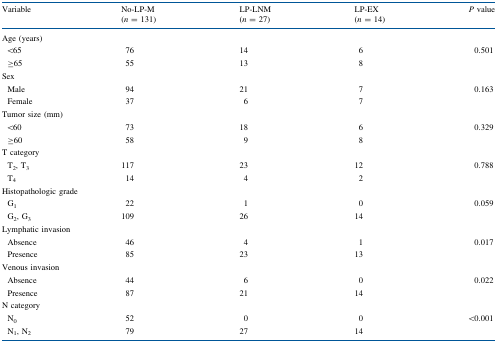
<table><thead><tr><td rowspan="2"><b>Variable</b></td><td><b>No-LP-M</b></td><td><b>LP-LNM</b></td><td><b>LP-EX</b></td><td rowspan="2"><b><i>P</i> value</b></td></tr><tr><td><b>(<i>n</i> = 131)</b></td><td><b>(<i>n</i> = 27)</b></td><td><b>(<i>n</i> = 14)</b></td></tr></thead><tbody><tr><td colspan="5">Age (years)</td></tr><tr><td> &lt;65</td><td>76</td><td>14</td><td>6</td><td rowspan="2">0.501</td></tr><tr><td> ≥65</td><td>55</td><td>13</td><td>8</td></tr><tr><td colspan="5">Sex</td></tr><tr><td> Male</td><td>94</td><td>21</td><td>7</td><td rowspan="2">0.163</td></tr><tr><td> Female</td><td>37</td><td>6</td><td>7</td></tr><tr><td colspan="5">Tumor size (mm)</td></tr><tr><td> &lt;60</td><td>73</td><td>18</td><td>6</td><td rowspan="2">0.329</td></tr><tr><td> ≥60</td><td>58</td><td>9</td><td>8</td></tr><tr><td colspan="5">T category</td></tr><tr><td> T<sub>2</sub>, T<sub>3</sub></td><td>117</td><td>23</td><td>12</td><td rowspan="2">0.788</td></tr><tr><td> T<sub>4</sub></td><td>14</td><td>4</td><td>2</td></tr><tr><td colspan="5">Histopathologic grade</td></tr><tr><td> G<sub>1</sub></td><td>22</td><td>1</td><td>0</td><td rowspan="2">0.059</td></tr><tr><td> G<sub>2</sub>, G<sub>3</sub></td><td>109</td><td>26</td><td>14</td></tr><tr><td colspan="5">Lymphatic invasion</td></tr><tr><td> Absence</td><td>46</td><td>4</td><td>1</td><td rowspan="2">0.017</td></tr><tr><td> Presence</td><td>85</td><td>23</td><td>13</td></tr><tr><td colspan="5">Venous invasion</td></tr><tr><td> Absence</td><td>44</td><td>6</td><td>0</td><td rowspan="2">0.022</td></tr><tr><td> Presence</td><td>87</td><td>21</td><td>14</td></tr><tr><td colspan="5">N category</td></tr><tr><td> N<sub>0</sub></td><td>52</td><td>0</td><td>0</td><td rowspan="2">&lt;0.001</td></tr><tr><td> N<sub>1</sub>, N<sub>2</sub></td><td>79</td><td>27</td><td>14</td></tr></tbody></table>